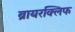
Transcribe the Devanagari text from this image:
ब्रायरक्लिफ